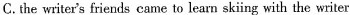
C. the writer's friends came to learn sking with the writer